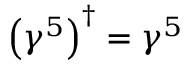
\left( \gamma ^ { 5 } \right) ^ { \dagger } = \gamma ^ { 5 }